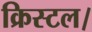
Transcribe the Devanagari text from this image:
क्रिस्टल।